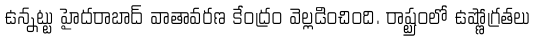
ఉన్నట్టు హైదరాబాద్ వాతావరణ కేంద్రం వెల్లడించింది. రాష్ట్రంలో ఉష్ణోగ్రతలు